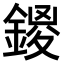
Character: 𨩻